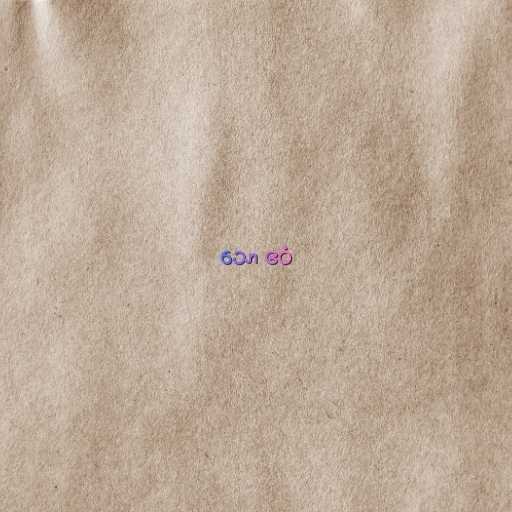
သော ဧဝံ